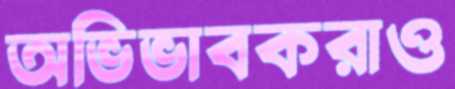
অভিভাবকরাও